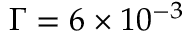
\Gamma = 6 \times 1 0 ^ { - 3 }